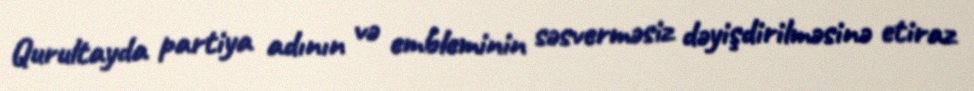
Qurultayda partiya adının və embleminin səsverməsiz dəyişdirilməsinə etiraz